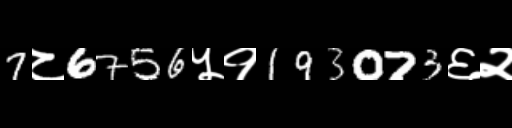
Text: 7८6756५१193073६२